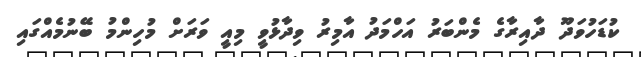
ކުޑަހުވަދޫ ދާއިރާގެ މެންބަރު އަހްމަދު އާމިރު ވިދާޅުވީ މިއީ ވަރަށް މުހިންމު ބޭނުމެއްގައި